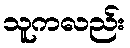
သူကလည်း